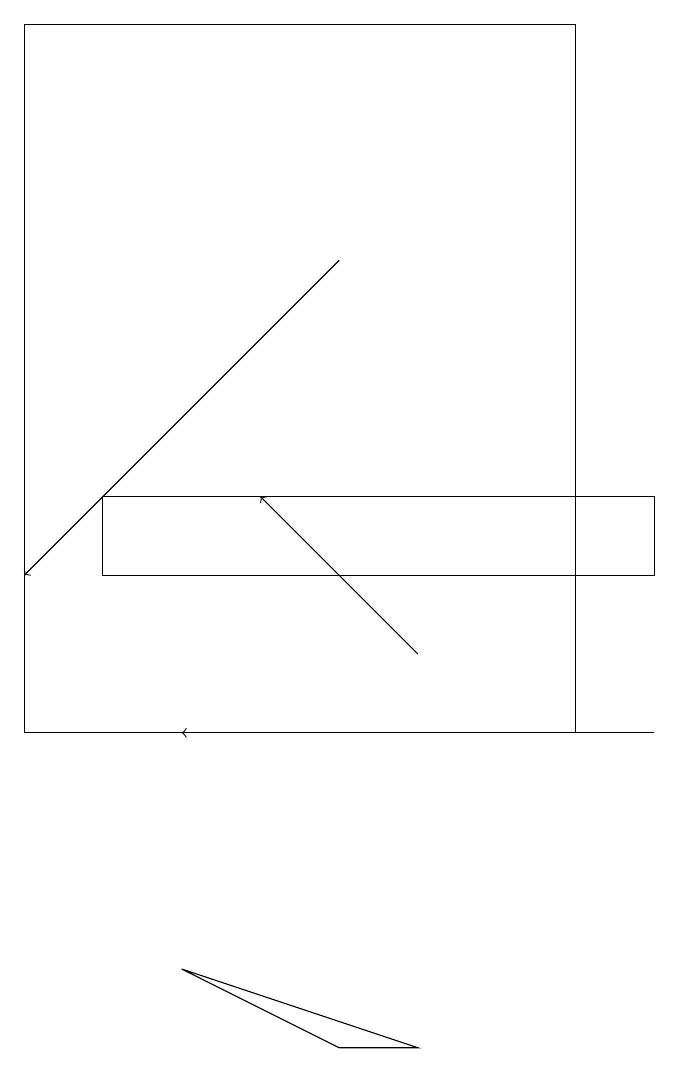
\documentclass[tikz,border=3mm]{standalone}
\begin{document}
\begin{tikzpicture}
\draw (7,19) rectangle (0,10);
\draw (8,13) rectangle (1,12);
\draw[->] (5,11) -- (3,13);
\draw[->] (8,10) -- (2,10);
\draw[->] (4,16) -- (0,12);
\draw (5,6) -- (2,7) -- (4,6) -- cycle;
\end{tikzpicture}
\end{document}